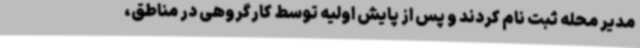
مدیر محله ثبت نام کردند و پس از پایش اولیه توسط کارگروهی در مناطق،